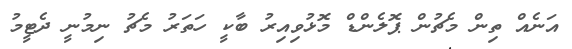
އަނެއް ތިން މެޗުން ޕޮލެންޑް މޮޅުވިއިރު ބާކީ ހަތަރު މެޗު ނިމުނީ ދެޓީމު